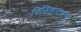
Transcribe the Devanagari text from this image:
पिसिष्ट्राटसन